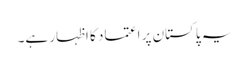
یہ پاکستان پر اعتماد کا اظہار ہے۔